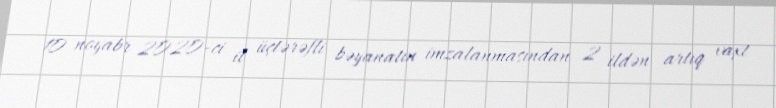
10 noyabr 2020-ci il üçtərəfli bəyanatın imzalanmasından 2 ildən artıq vaxt